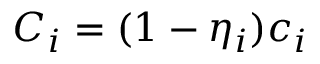
C _ { i } = ( 1 - \eta _ { i } ) c _ { i }